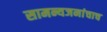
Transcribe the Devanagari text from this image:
सामन्यजनांचाच